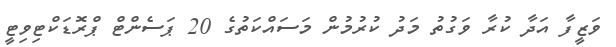
ވަޒީފާ އަދާ ކުރާ ވަގުތު މަދު ކުރުމުން މަސައްކަތުގެ 20 ޕަސެންޓް ޕްރޮޑަކްޓިވިޓީ